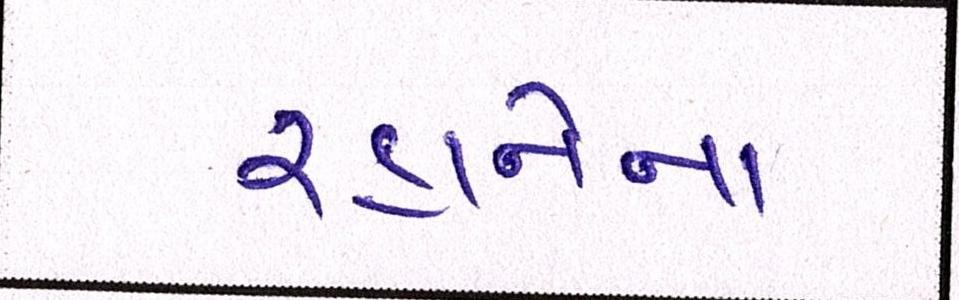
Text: રહાનેના